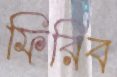
ফিরিব